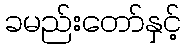
ခမည်းတော်နှင့်